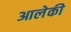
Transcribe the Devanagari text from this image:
आलेकी